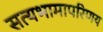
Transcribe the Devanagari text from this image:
सत्यभामापरिणय